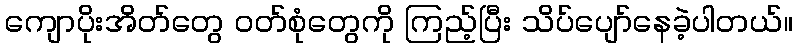
ကျောပိုးအိတ်တွေ ဝတ်စုံတွေကို ကြည့်ပြီး သိပ်ပျော်နေခဲ့ပါတယ်။